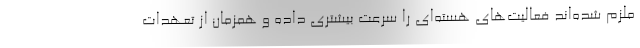
ملزم شده‌اند فعالیت‌های هسته‌ای را سرعت بیشتری داده و همزمان از تعهدات